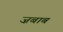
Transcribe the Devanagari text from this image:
ज़बाब